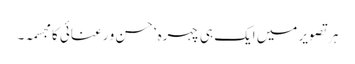
ہر تصویر میں ایک ہی چہرہ‘ حسن و رعنائی کا مجسمہ۔